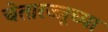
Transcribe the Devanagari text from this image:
चेतारज्जूच्या